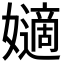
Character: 𡣪